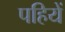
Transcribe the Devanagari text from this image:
पहियें